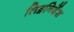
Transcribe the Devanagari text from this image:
लिङ्गनिर्देश